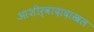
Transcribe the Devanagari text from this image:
आशीर्वादादाखल